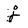
Character: j